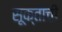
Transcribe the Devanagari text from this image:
सूक्ताची